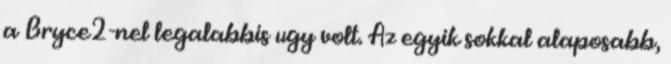
a Bryce2-nel legalabbis ugy volt. Az egyik sokkal alaposabb,